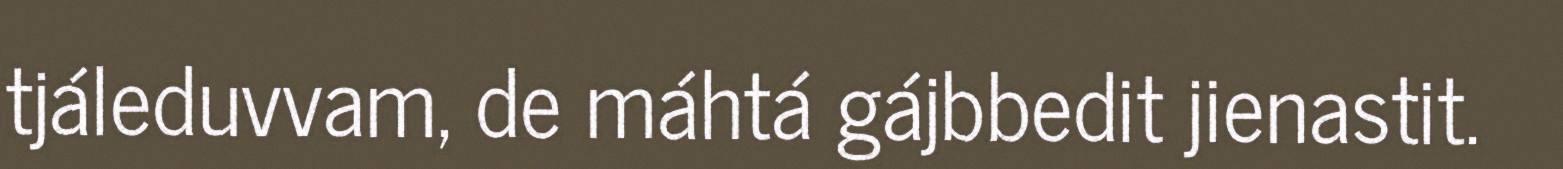
tjáleduvvam, de máhtá gájbbedit jienastit.